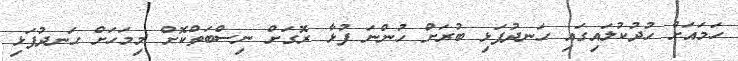
ހަމައަށް ހުދުކުލައިގައި ހަނދުފަޅި ބުރަށް ހުންނަ ފުޅާ ރޮގަށް ނިސްބަތްކޮށް މިމަހަށް ހަނދުފަޅި